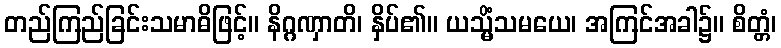
တည်ကြည်ခြင်းသမာဓိဖြင့်။ နိဂ္ဂဏှာတိ၊ နှိပ်၏။ ယသ္မိံသမယေ၊ အကြင်အခါ၌။ စိတ္တံ၊